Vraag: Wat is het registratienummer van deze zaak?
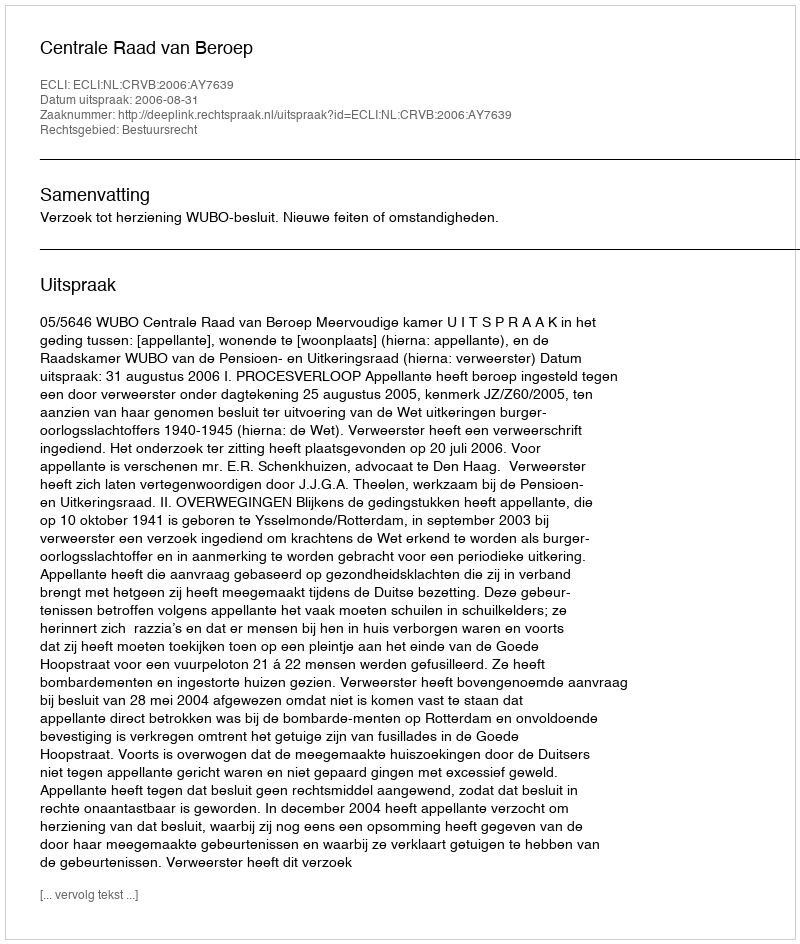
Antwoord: http://deeplink.rechtspraak.nl/uitspraak?id=ECLI:NL:CRVB:2006:AY7639